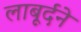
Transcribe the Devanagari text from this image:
लाबूर्दने